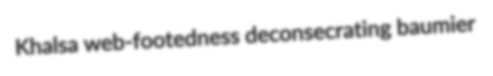
Khalsa web-footedness deconsecrating baumier